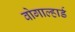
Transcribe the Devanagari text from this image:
वोगाल्हार्ड